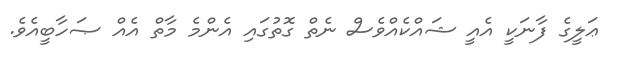
ޢަލީގެ ފާނަކީ އެއީ ޝައްކެއްވެސް ނެތް ގޮތުގައި އެންމެ މާތް އެއް ޞަހާބީއެވެ.